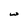
Character: w